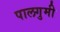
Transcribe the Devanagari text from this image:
पालगुमी